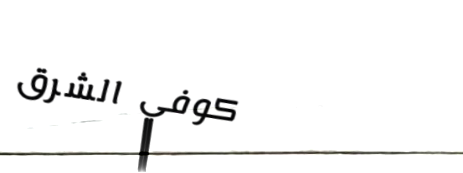
كوفي الشرق